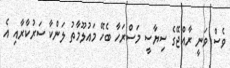
ވެސް ވަނީ ރާއްޖޭގެ ސިޔާސީ މަސްރަހާ ބެހޭ މައުލޫމާތު ލަންކާ ސަރުކާރާއި އެ